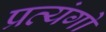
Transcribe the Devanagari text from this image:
प्रत्यंगो